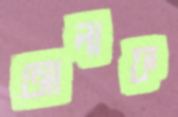
আলাফ